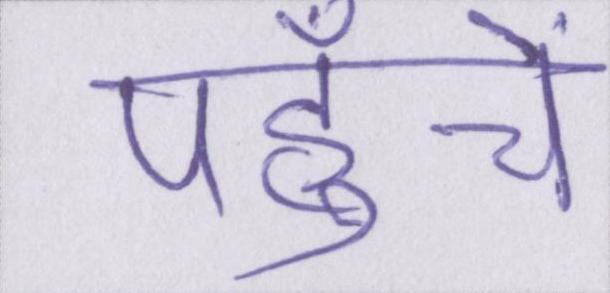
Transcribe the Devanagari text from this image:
पहुँचें